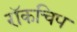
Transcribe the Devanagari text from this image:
रॉकचिप